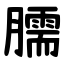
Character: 臑